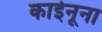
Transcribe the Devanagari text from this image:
काईनूना